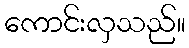
ကောင်းလှသည်။